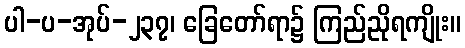
ပါ-ပ-အုပ်-၂၃၇၊ ခြေတော်ရာ၌ ကြည်ညိုရကျိုး။